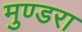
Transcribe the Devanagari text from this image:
मुण्डरा